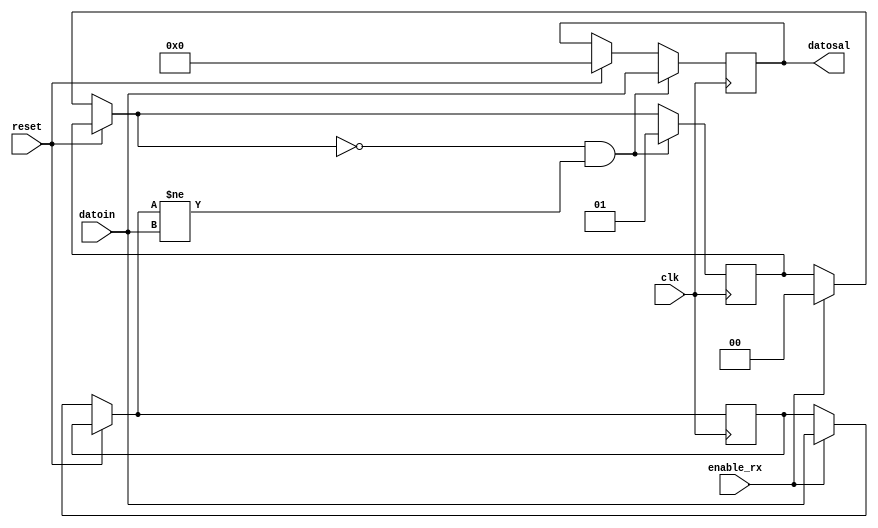
`timescale 1ns / 1ps
//////////////////////////////////////////////////////////////////////////////////
// Company: 
// 
// Design Name: 
// Module Name:    Registro_dato 
// Project Name: 
// Target Devices: 
// Tool versions: 
// Description: 
//
// Dependencies: 
//
// Revision: 
// Revision 0.01 - File Created
// Additional Comments: 
//
//////////////////////////////////////////////////////////////////////////////////
module Registro_dato(clk, enable_rx, reset, datoin, datosal);
	input enable_rx, clk, reset;
	input [7:0] datoin;
	output reg [7:0] datosal;
	reg [7:0] datosalpiv;
	reg [1:0] num;
	always @(posedge clk)
	begin
		if (reset)
			datosal = 8'b0;
		else if (enable_rx)
				 begin
					datosalpiv = datoin;
					num=2'b0;
				end
		if (num == 2'b0 & datosalpiv != datoin)
			begin
				datosal = datoin;
				num =2'b1;
			end
	end
endmodule